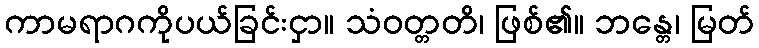
ကာမရာဂကိုပယ်ခြင်းငှာ။ သံဝတ္တတိ၊ ဖြစ်၏။ ဘန္တေ၊ မြတ်